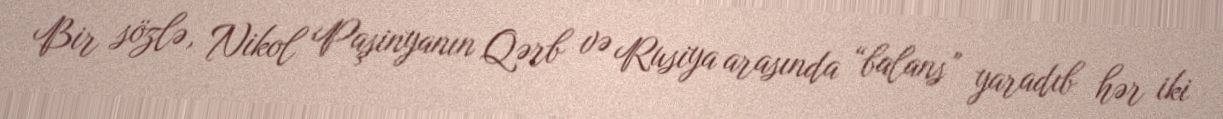
Bir sözlə, Nikol Paşinyanın Qərb və Rusiya arasında “balans” yaradıb hər iki